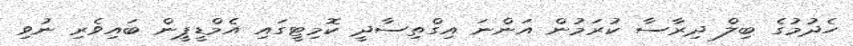
ހެދުމުގެ ބިލް ދިރާސާ ކުރަމުން އަންނަ އިގްތިސާދީ ކޮމިޓީގައި އެމްޑީޕީން ބައިވެރި ނުވި